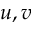
u , v